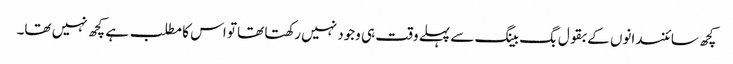
کچھ سائنسدانوں کے بقول بگ بینگ سے پہلے وقت ہی وجود نہیں رکھتا تھا تو اس کا مطلب ہے کچھ نہیں تھا۔